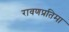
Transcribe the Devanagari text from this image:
रावणप्रतिमा